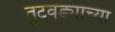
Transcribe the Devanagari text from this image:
तुटवड्याच्या